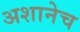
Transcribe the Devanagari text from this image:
अशानेच